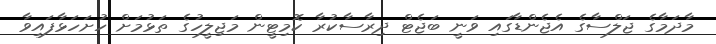
މާދަމާގެ ޖަލްސާގެ އެޖެންޑާގައި ވަނީ ބަޖެޓް ދިރާސާކުރާ ކޮމިޓީން މަޖިލީހުގެ ތަޅުމަށް ހުށަހަޅާފައިވާ